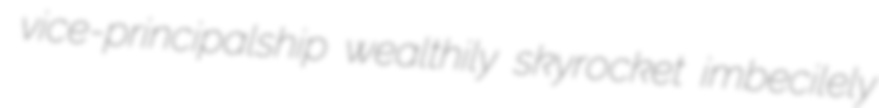
vice-principalship wealthily skyrocket imbecilely